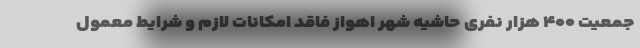
جمعیت ۴۰۰ هزار نفری حاشیه شهر اهواز فاقد امکانات لازم و شرایط معمول